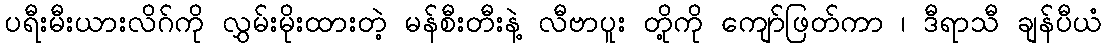
ပရီးမီးယားလိဂ်ကို လွှမ်းမိုးထားတဲ့ မန်စီးတီးနဲ့ လီဗာပူး တို့ကို ကျော်ဖြတ်ကာ ၊ ဒီရာသီ ချန်ပီယံ